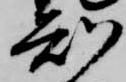
知